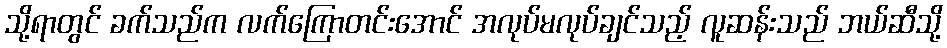
သို့ရာတွင် ခက်သည်က လက်ကြောတင်းအောင် အလုပ်မလုပ်ချင်သည့် လူဆန်းသည် ဘယ်ဆီသို့